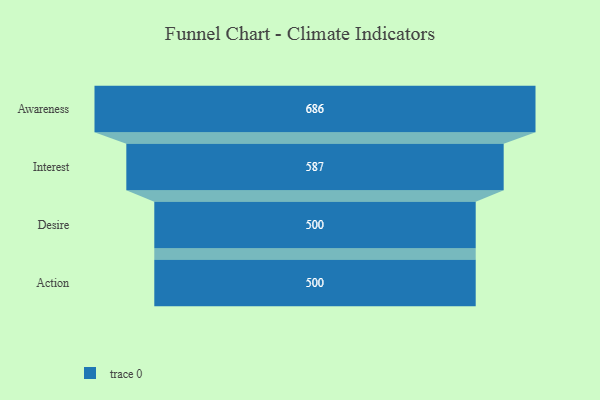
{"axis": {"x": "Stage", "y": "Value"}, "legend": [""], "data": [{"x": "Awareness", "y": 686.0, "type": ""}, {"x": "Interest", "y": 587.0, "type": ""}, {"x": "Desire", "y": 500, "type": ""}, {"x": "Action", "y": 500, "type": ""}]}